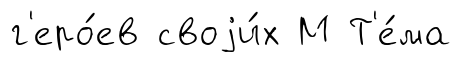
г'еро́ев своjи́х М Т'е́ма